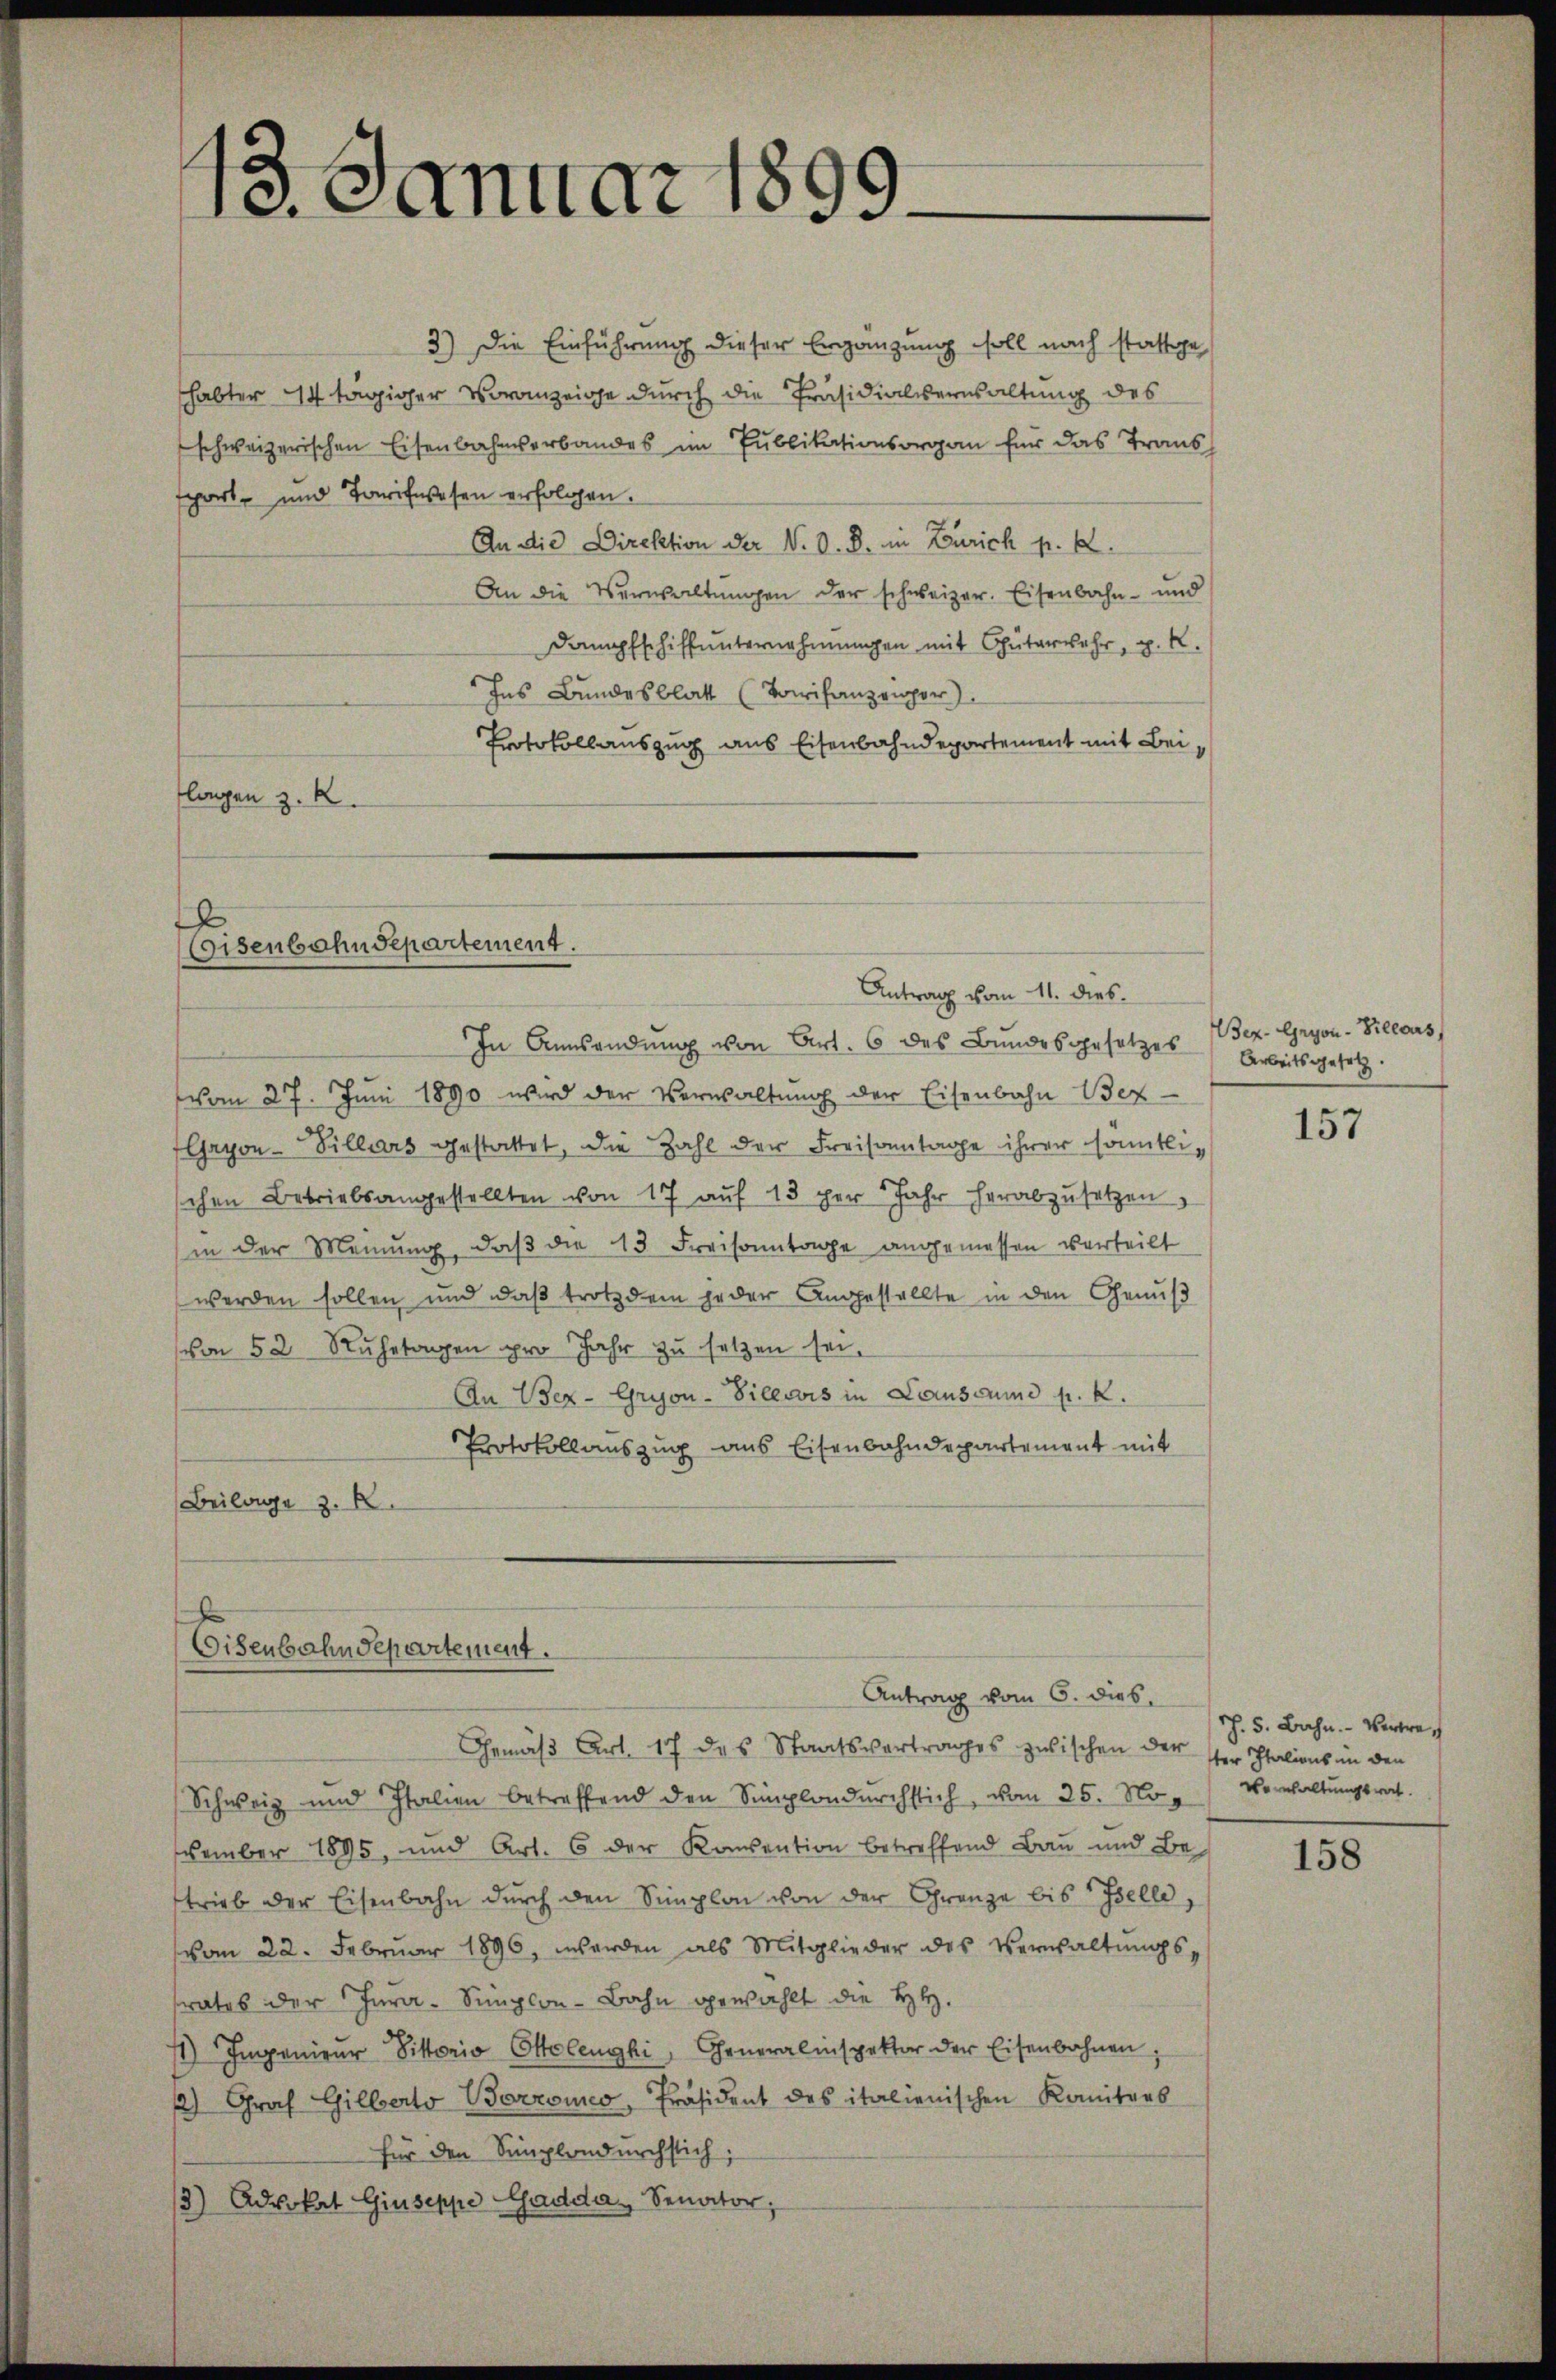
13. Januar 1899.

3.) Die Einführung dieser Ergänzung soll nach stassige
habter 14 tägiger Voranzeige durch die Präsidialverwaltung des
schweizerischen Eisenbahnverbandes im Publikationsorgan für das Trans
sport- und Tarifwesen erfolgen.
An die Direktion der V. D. R. in Zürich p. 2.
An die Verwaltŭngen der schweizer. Eisenbahn- und
Dampfschiffunternehmungen mit Güterwehr, p. K.
Ins Bundesblatt (Towifanzempor
Protokollauszug aus Eisenbahndepartement mit Beiflagen z. R.

d
Coisenbahndepartement.

In Aussendung von Art. 6 des Bundesgesetzes Arbeitsgesetz
vom 27. Jŭni 1890 wird der Verwaltŭng der Eisenbahn Bez
Gryon-Villars gestattet, die Zahl der Freisamtage ihrer sontlischen Betriebsangestellten von 17 auf 13 der 5 Jahr herabzusetzen,
in der Meinung, daβ die 13 Freisonntage angemessen verteilt
werden sollen und daß trotzdem jeder Angestellte in den Genuß
von 52 Ruhetagen pro Jahr zu setzen sei,
An Bez-Gryon-Villois in Lausaund p. k.
Protokollauszug aus Eisenbahndepartement mit
(Beilage z. B.

Eisenbahndepartement.

Antrag vom 11. dies

Antrag vom 6. dies

Ber-Gryon-Bilcours,

Gemäß Art. 17 des Staatsvertrages zwischen der ster Italiens in den
Schweiz und Italien betreffend den Simplondŭrchstich, vom 25. No Verwaltungsrat
vember 1895, und Art. 6 der Konsention betreffend Bau und Be-
trieb der Eisenbahn dŭrch den Simplon von der Grenze bis Felle,
vom 22. Febrŭar 1896, werden als Mitglieder des Verwaltŭngs-
trates der Jura-Simplon-Bahn gewählt die HH.
11) Impenieŭr Sittorio Ottelenghi, Generalinspektor der Eisenbahnen,
12) Graf Gilberto Berroico, Präsident des italienischen Konitors
für den Simplondurchstich.
/3) Advokat Giuseppe Gaddas Senator,

157

h. 5. Bahn. - Vertre¬

158